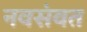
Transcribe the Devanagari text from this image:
नवसंवत